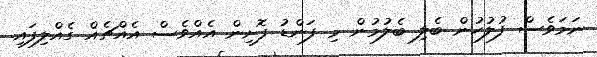
ނަމަވެސް ފުލުހުން ބެލި ބެލުމުން މި ފަންޑު ފޮށިން އެއްވެސް އެއްޗެއް ގެއްލިފައި